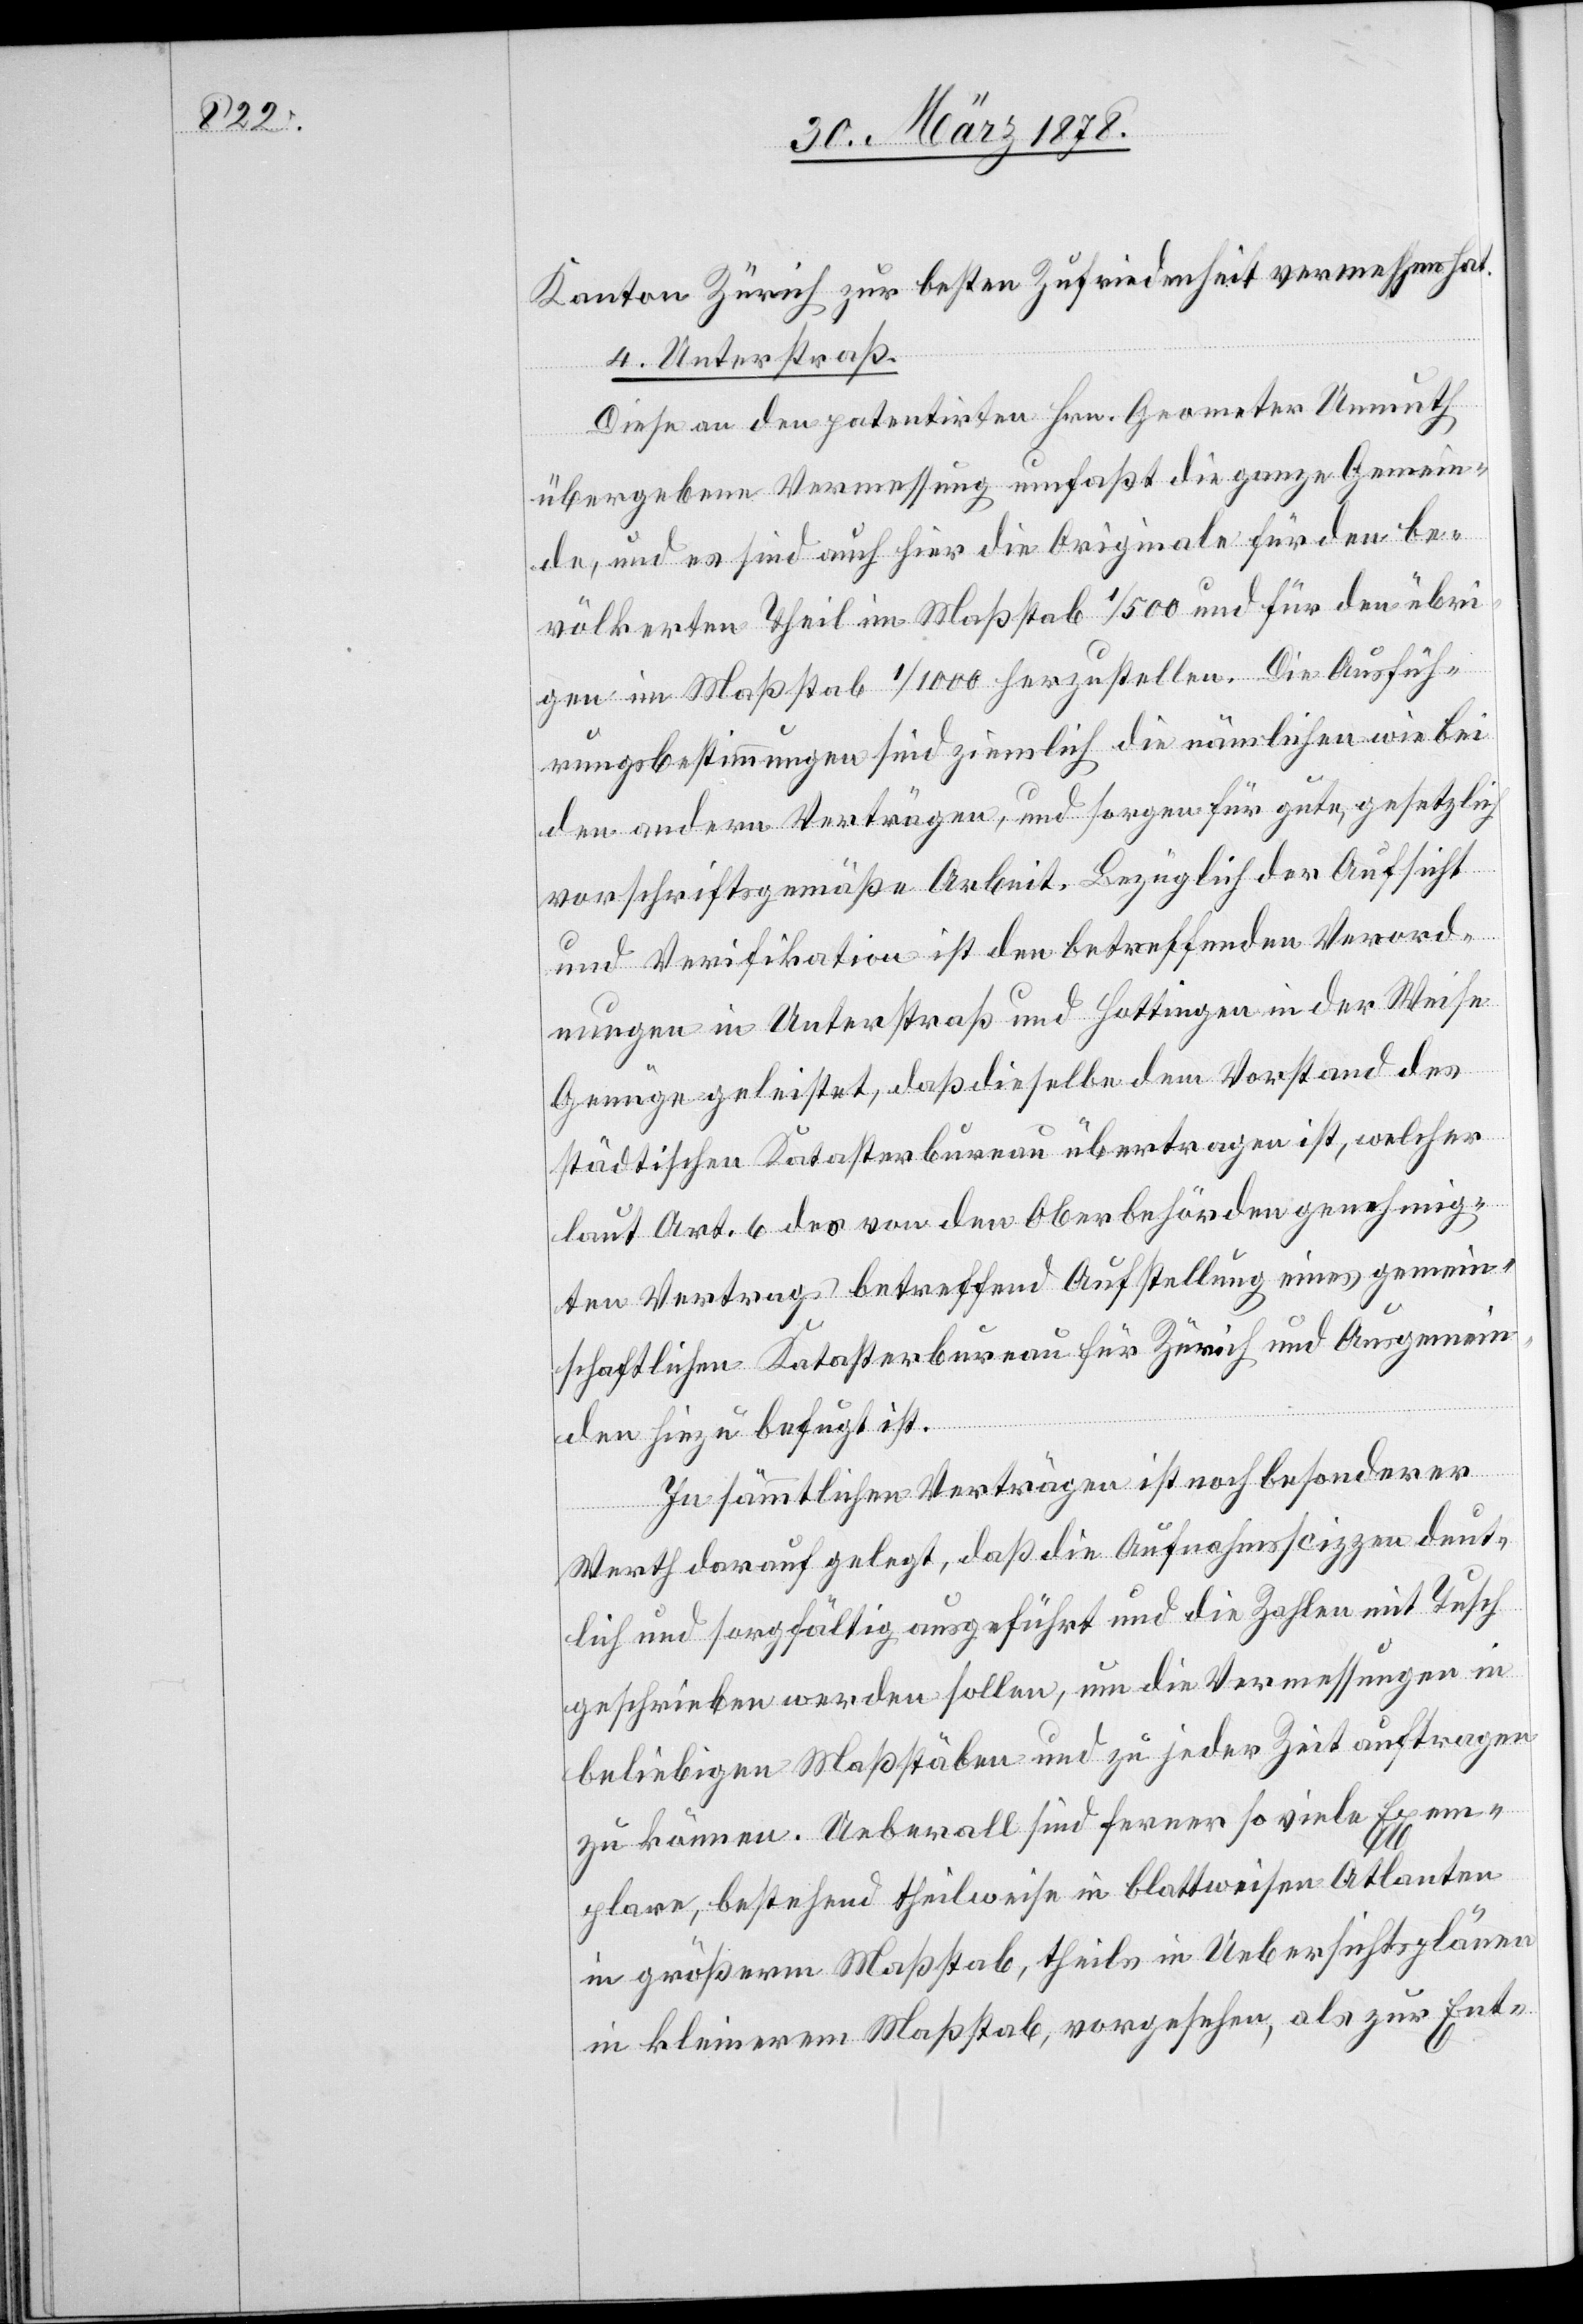
Kanton Zürich zur besten Zufriedenheit vermessen hat.
4. Unterstraß.
Diese an den patentirten Hrn. Geometer Unmuth
übergebene Vermessung umfasst die ganze Gemein¬
de, und es sind auch hier die Originale für den be¬
völkerten Theil im Maßstab 1/500 und für den übri¬
gen im Maßstab 1/1000 herzustellen. Die Ausfüh¬
rungsbestimmungen sind ziemlich die nämlichen wie bei
den andern Verträgen, und sorgen für gute, gesetzlich
vorschriftsgemäße Arbeit. Bezüglich der Aufsicht
und Verifikation ist den betreffenden Verord¬
nungen in Unterstraß und Hottingen in der Weise
Genüge geleistet, daß dieselbe dem Vorstand des
städtischen Katasterbureau übertragen ist, welches
laut Art. 6 des von den Oberbehörden genehmig¬
ten Vertrags betreffend Aufstellung eines gemein¬
schaftlichen Katasterbureau für Zürich und Ausgemein¬
den hiezu befugt ist.
In sämmtlichen Verträgen ist noch besonderer
Werth darauf gelegt, daß die Aufnahmsscizzen deut¬
lich und sorgfältig ausgeführt und die Zahlen mit Tusch
geschrieben werden sollen, um die Vermessungen in
beliebigen Maßstäben und zu jeder Zeit auftragen
zu können. Ueberall sind ferner so viele Exem¬
plare, bestehend theilweise in blattweisen Atlanten
in größerm Maßstab, theils in Uebersichtsplänen
in kleinerem Maßstab, vorgesehen, als zur Ent-